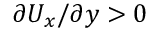
\partial U _ { x } / \partial y > 0